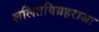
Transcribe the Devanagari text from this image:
ललितविग्रहराजः